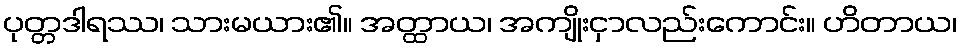
ပုတ္တဒါရဿ၊ သားမယား၏။ အတ္ထာယ၊ အကျိုးငှာလည်းကောင်း။ ဟိတာယ၊